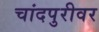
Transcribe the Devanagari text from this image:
चांदपुरीवर